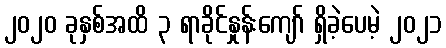
၂၀၂၀ ခုနှစ်အထိ ၃ ရာခိုင်နှုန်းကျော် ရှိခဲ့ပေမဲ့ ၂၀၂၁